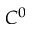
C ^ { 0 }